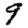
Digit: 9